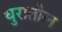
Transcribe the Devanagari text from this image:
धुरातील